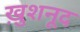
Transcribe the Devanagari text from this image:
ख़ुशनूद